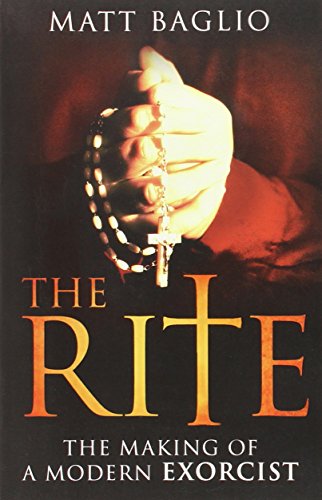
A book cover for The Rite: The Making of a Modern Exorcist; Matt Baglio; Religion & Spirituality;